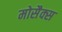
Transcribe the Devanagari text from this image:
मोसैक्स